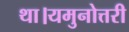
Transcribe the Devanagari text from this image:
था।यमुनोत्तरी